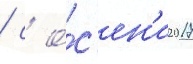
/ с о́с'ен'и 2017